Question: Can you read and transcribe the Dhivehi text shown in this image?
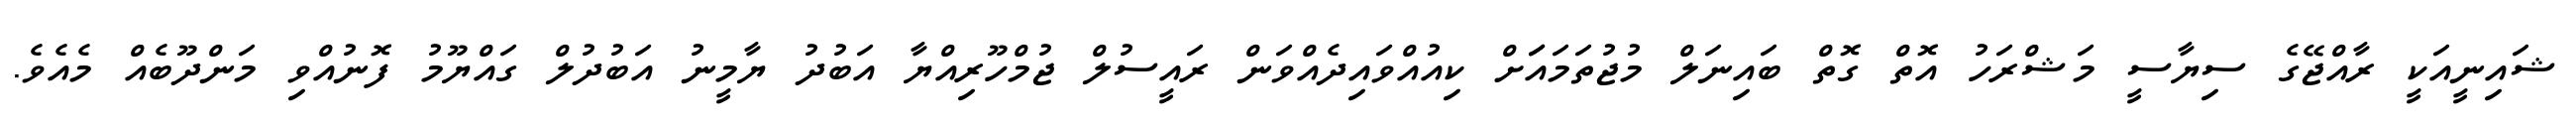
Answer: ޝައިނީއަކީ ރާއްޖޭގެ ސިޔާސީ މަޝްރަހު އޮތް ގޮތް ބައިނަލް މުޖުތަމައަަށް ކިއުއްވައިދެއްވަން ރައީސުލް ޖުމްހޫރިއްޔާ އަބުދު ޔާމީނު އަބުދުލް ގައްޔޫމު ފޮނުއްވި މަންދޫބެއް މެއެވެ.